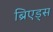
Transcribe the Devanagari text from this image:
ब्रिएड्स